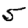
Digit: 5